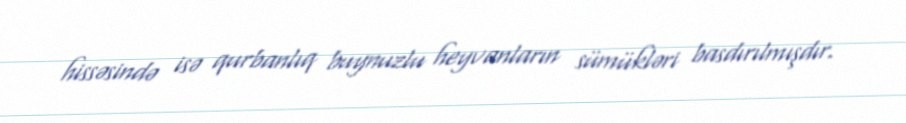
hissəsində isə qurbanlıq buynuzlu heyvanların sümükləri basdırılmışdır.